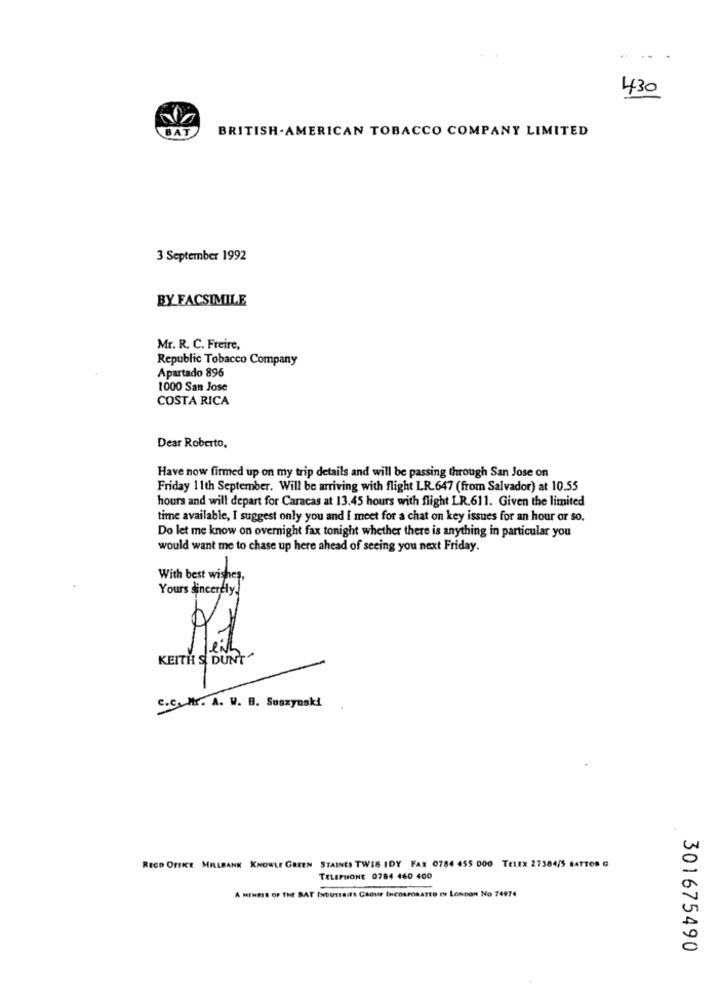
430
BAT
BRITISH. AMERICAN TOBACCO COMPANY LIMITED
3 September 1992
BY FACSIMILE
Mr. R. C. Freire,
Republic Tobacco Company
Apartado 896
1000 San Jose
COSTA RICA
Dear Roberto,
Have now firmed up on my trip details and will be passing through San Jose on
Friday 11th September. Will be arriving with flight LR.647 (from Salvador) at 10.55
hours and will depart for Caracas at 13.45 hours with flight LR.611. Given the limited
time available, I suggest only you and I meet for a chat on key issues for an hour or so.
Do let me know on overnight fax tonight whether there is anything in particular you
would want me to chase up here ahead of seeing you next Friday.
With best wishes,
Yours sincerely.]"
KEITH SI DUNT
C.C. Mr. A. W. B. Suszyeski
RECO OFIKE MALLBANK KNOWLE GREEN STAINES TWIS IDY FAX 0784 455 000 TELEX 27384/5 BATTOR G
TELEPHONE 0784 460 400
A MEMBER OF THE BAT INDUSTRIES GROUP INCORPORATED IN LONDON NO 74974
301675490